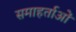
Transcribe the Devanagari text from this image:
समाहर्ताओं